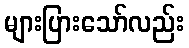
များပြားသော်လည်း